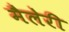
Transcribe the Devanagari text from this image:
मैलेरी